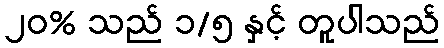
၂၀% သည် ၁/၅ နှင့် တူပါသည်